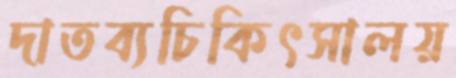
দাতব্যচিকিৎসালয়